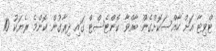
ޓްވިޓާ އަށް ހާއްސަކޮށްގެން ބާއްވާ ކޮންޓެސްޓް ގައި ދިރާގުން ކޮންމެ ރެޔަކު 10